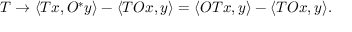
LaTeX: T \to \langle T x , O ^ { * } y \rangle - \langle T O x , y \rangle = \langle O T x , y \rangle - \langle T O x , y \rangle .